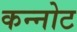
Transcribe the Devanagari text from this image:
कन्नोट